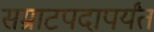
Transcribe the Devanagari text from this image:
सम्राटपदापर्यंत